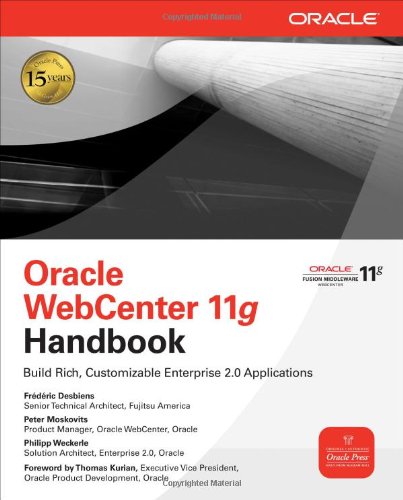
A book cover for Oracle WebCenter 11g Handbook: Build Rich, Customizable Enterprise 2.0 Applications (Oracle Press); Frederic Desbiens; Computers & Technology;